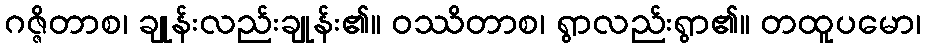
ဂဇ္ဇိတာစ၊ ချုန်းလည်းချုန်း၏။ ဝဿိတာစ၊ ရွာလည်းရွာ၏။ တထူပမော၊